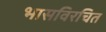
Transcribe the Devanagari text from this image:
भासविरचित